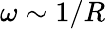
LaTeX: \omega\sim 1/R